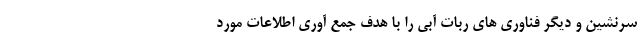
سرنشین و دیگر فناوری های ربات آبی را با هدف جمع آوری اطلاعات مورد